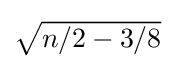
{\textstyle {\sqrt {n/2-3/8}}}